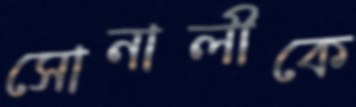
সোনালীকে